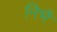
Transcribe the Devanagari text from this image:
निभै